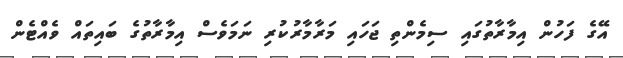
އޭގެ ފަހުން އިމާރާތުގައި ސިމެންތި ޖަހައި މަރާމާރުކުރި ނަމަވެސް އިމާރާތުގެ ބައިތައް ވެއްޓެން